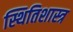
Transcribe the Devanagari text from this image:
स्थितिशास्त्र